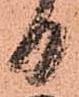
日